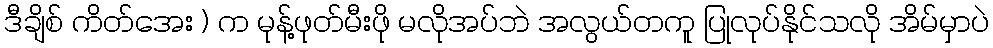
ဒီချိစ် ကိတ်အေး ) က မုန့်ဖုတ်မီးဖို မလိုအပ်ဘဲ အလွယ်တကူ ပြုလုပ်နိုင်သလို အိမ်မှာပဲ